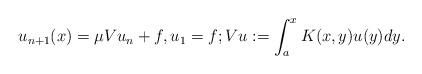
LaTeX: \begin{align*} u_{n+1}(x) = \mu Vu_n + f, u_1 = f; Vu :=\int_a^xK(x,y)u(y)dy. \end{align*}